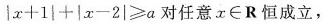
$$\left | x + 1 \right | + \left | x - 2 \right | ≥ a$$对任意x\epsilon R恒成立，